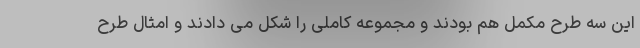
این سه طرح مکمل هم بودند و مجموعه کاملی را شکل می دادند و امثال طرح